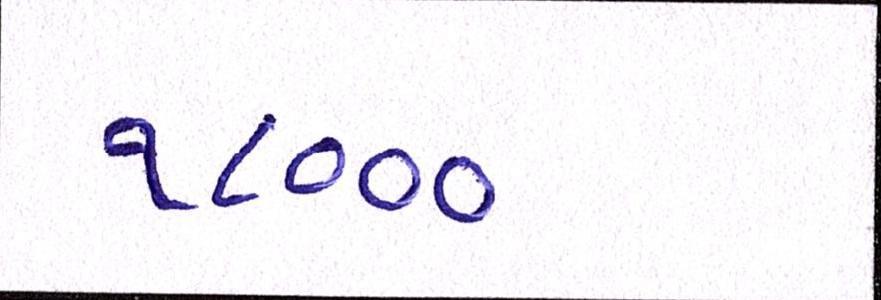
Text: ૧૮૦૦૦